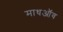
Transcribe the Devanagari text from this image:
माधऑव